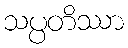
သပ္ပတိဿာ